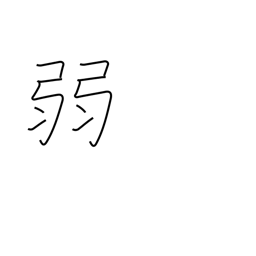
Meaning: frail